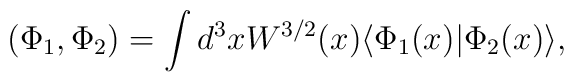
( \Phi_1,\Phi_2 ) = \int d^3 x W^{3/2}(x) \langle \Phi_1(x)|\Phi_2(x)\rangle ,